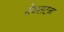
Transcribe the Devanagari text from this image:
थेक्सटन